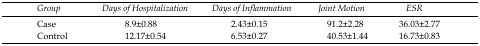
<table><thead><tr><td><b><i>Group</i></b></td><td><b><i>Days of Hospitalization</i></b></td><td><b><i>Days of Inflammation</i></b></td><td><b><i>Joint Motion</i></b></td><td><b><i>ESR</i></b></td></tr></thead><tbody><tr><td>Case</td><td>8.9±0.88</td><td>2.43±0.15</td><td>91.2±2.28</td><td>36.03±2.77</td></tr><tr><td>Control</td><td>12.17±0.54</td><td>6.53±0.27</td><td>40.53±1.44</td><td>16.73±0.83</td></tr></tbody></table>